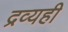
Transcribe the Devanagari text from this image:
द्रव्यही